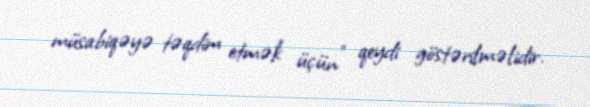
müsabiqəyə təqdim etmək üçün” qeydi göstərilməlidir.